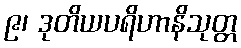
၉၊ ဒုတိယပရိဟာနိသုတ္တ